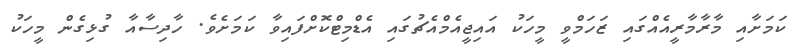
ކަމަށާއި މާރާމާރީއެއްގައި ޒަހަމްވީ މީހަކު އައިޖީއެމްއެޗުގައި އެޑްމިޓްކޮށްފައިވާ ކަމަށެވެ. ހާދިސާއާ ގުޅިގެން މީހަކު